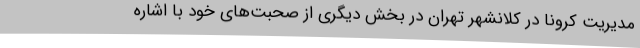
مدیریت کرونا در کلانشهر تهران در بخش دیگری از صحبت‌های خود با اشاره